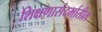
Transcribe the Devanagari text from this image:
शिक्षणासंदर्भातील